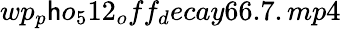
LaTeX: wp_{p}\mathsf{h}o_{5}12_{o}ff_{d}ecay66.7.mp4